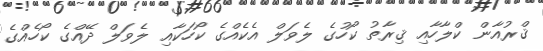
ޤްރުއާން ކްލާހާއި ޤިރާތު ކޯހުގެ ލެވަލް އެކެއްގެ ކޯހަކާއި ލެވަލް ދޭއްގެ ކޯހެއްގެ